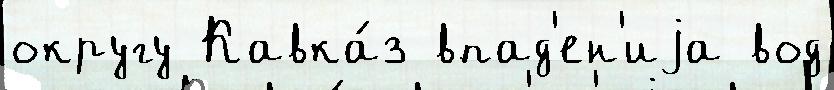
округу Кавка́з впад'ен'иjа вод